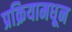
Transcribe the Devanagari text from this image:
प्रक्रियामधून